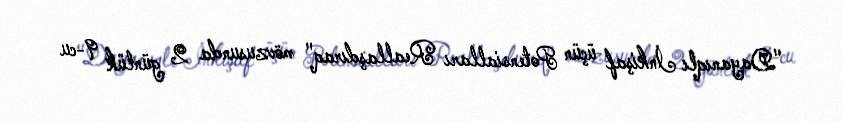
"Dayanıqlı İnkişaf üçün Potensialları Reallaşdıraq" mövzusunda 2 günlük 9-cu